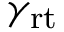
\gamma _ { \mathrm { r t } }